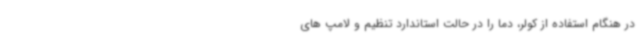
در هنگام استفاده از کولر، دما را در حالت استاندارد تنظیم و لامپ های